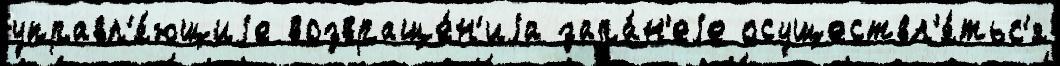
управл'я́ющиjе возвраще́н'иjа зара́н'еjе осуществл'я́тьс'я